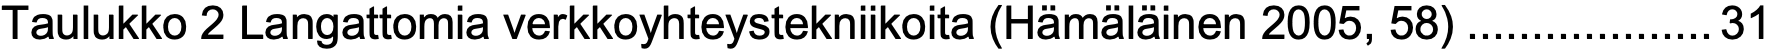
Taulukko 2 Langattomia verkkoyhteystekniikoita (Hämäläinen 2005, 58)...................31